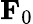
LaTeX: {\mathbf F}_{0}